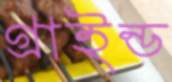
গ্রাইন্ড